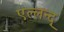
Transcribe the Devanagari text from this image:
एल्लन्द्